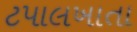
ટપાલખાતા